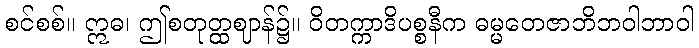
စင်စစ်။ ဣဓ၊ ဤစတုတ္ထဈာန်၌။ ဝိတက္ကာဒိပစ္စနီက ဓမ္မတေဇာဘိဘဝါဘာဝါ